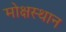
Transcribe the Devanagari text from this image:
मोक्षस्थान